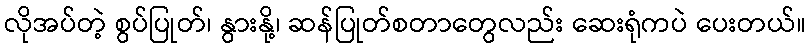
လိုအပ်တဲ့ စွပ်ပြုတ်၊ နွားနို့၊ ဆန်ပြုတ်စတာတွေလည်း ဆေးရုံကပဲ ပေးတယ်။